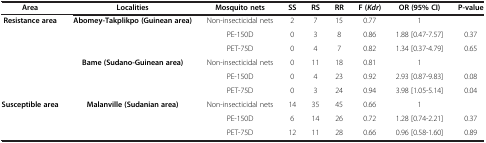
| Area | Localities | Mosquito nets | SS | RS | RR | F ( Kdr ) | OR (95% CI) | P-value |
 | --- | --- | --- | --- | --- | --- | --- | --- | --- |
 | <ROWSPAN=6> Resistance area | <ROWSPAN=3> Abomey-Takplikpo (Guinean area) | Non-insecticidal nets | 2 | 7 | 15 | 0.77 | 1 |  |
 | PE-150D | 0 | 3 | 8 | 0.86 | 1.88 [0.47-7.57] | 0.37 |
 | PET-75D | 0 | 4 | 7 | 0.82 | 1.34 [0.37-4.79] | 0.65 |
 | <ROWSPAN=3> Bame (Sudano-Guinean area) | Non-insecticidal nets | 0 | 11 | 18 | 0.81 | 1 |  |
 | PE-150D | 0 | 4 | 23 | 0.92 | 2.93 [0.87-9.83] | 0.08 |
 | PET-75D | 0 | 3 | 24 | 0.94 | 3.98 [1.05-5.14] | 0.04 |
 | <ROWSPAN=3> Susceptible area | <ROWSPAN=3> Malanville (Sudanian area) | Non-insecticidal nets | 14 | 35 | 45 | 0.66 | 1 |  |
 | PE-150D | 6 | 14 | 26 | 0.72 | 1.28 [0.74-2.21] | 0.37 |
 | PET-75D | 12 | 11 | 28 | 0.66 | 0.96 [0.58-1.60] | 0.89 |